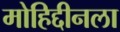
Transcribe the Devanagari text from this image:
मोहिद्दीनला